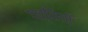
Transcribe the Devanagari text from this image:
पत्तियॉँ